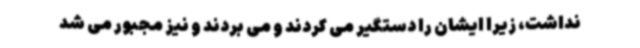
نداشت، زیرا ایشان را دستگیر می کردند و می بردند و نیز مجبور می شد